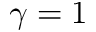
\gamma = 1